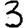
Digit: 3